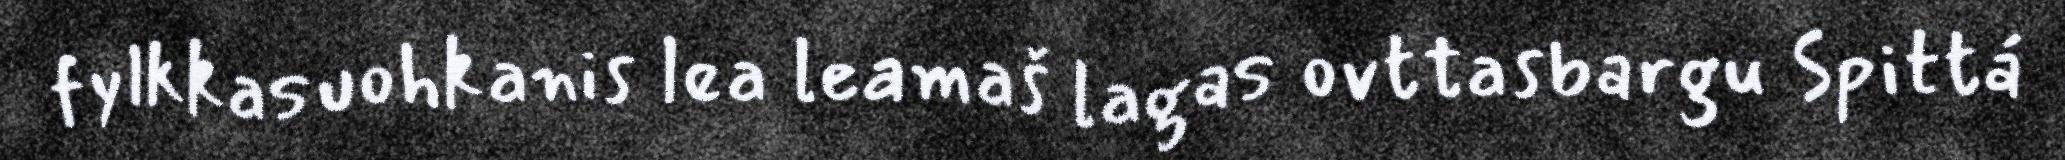
fylkkasuohkanis lea leamaš lagas ovttasbargu Spittá